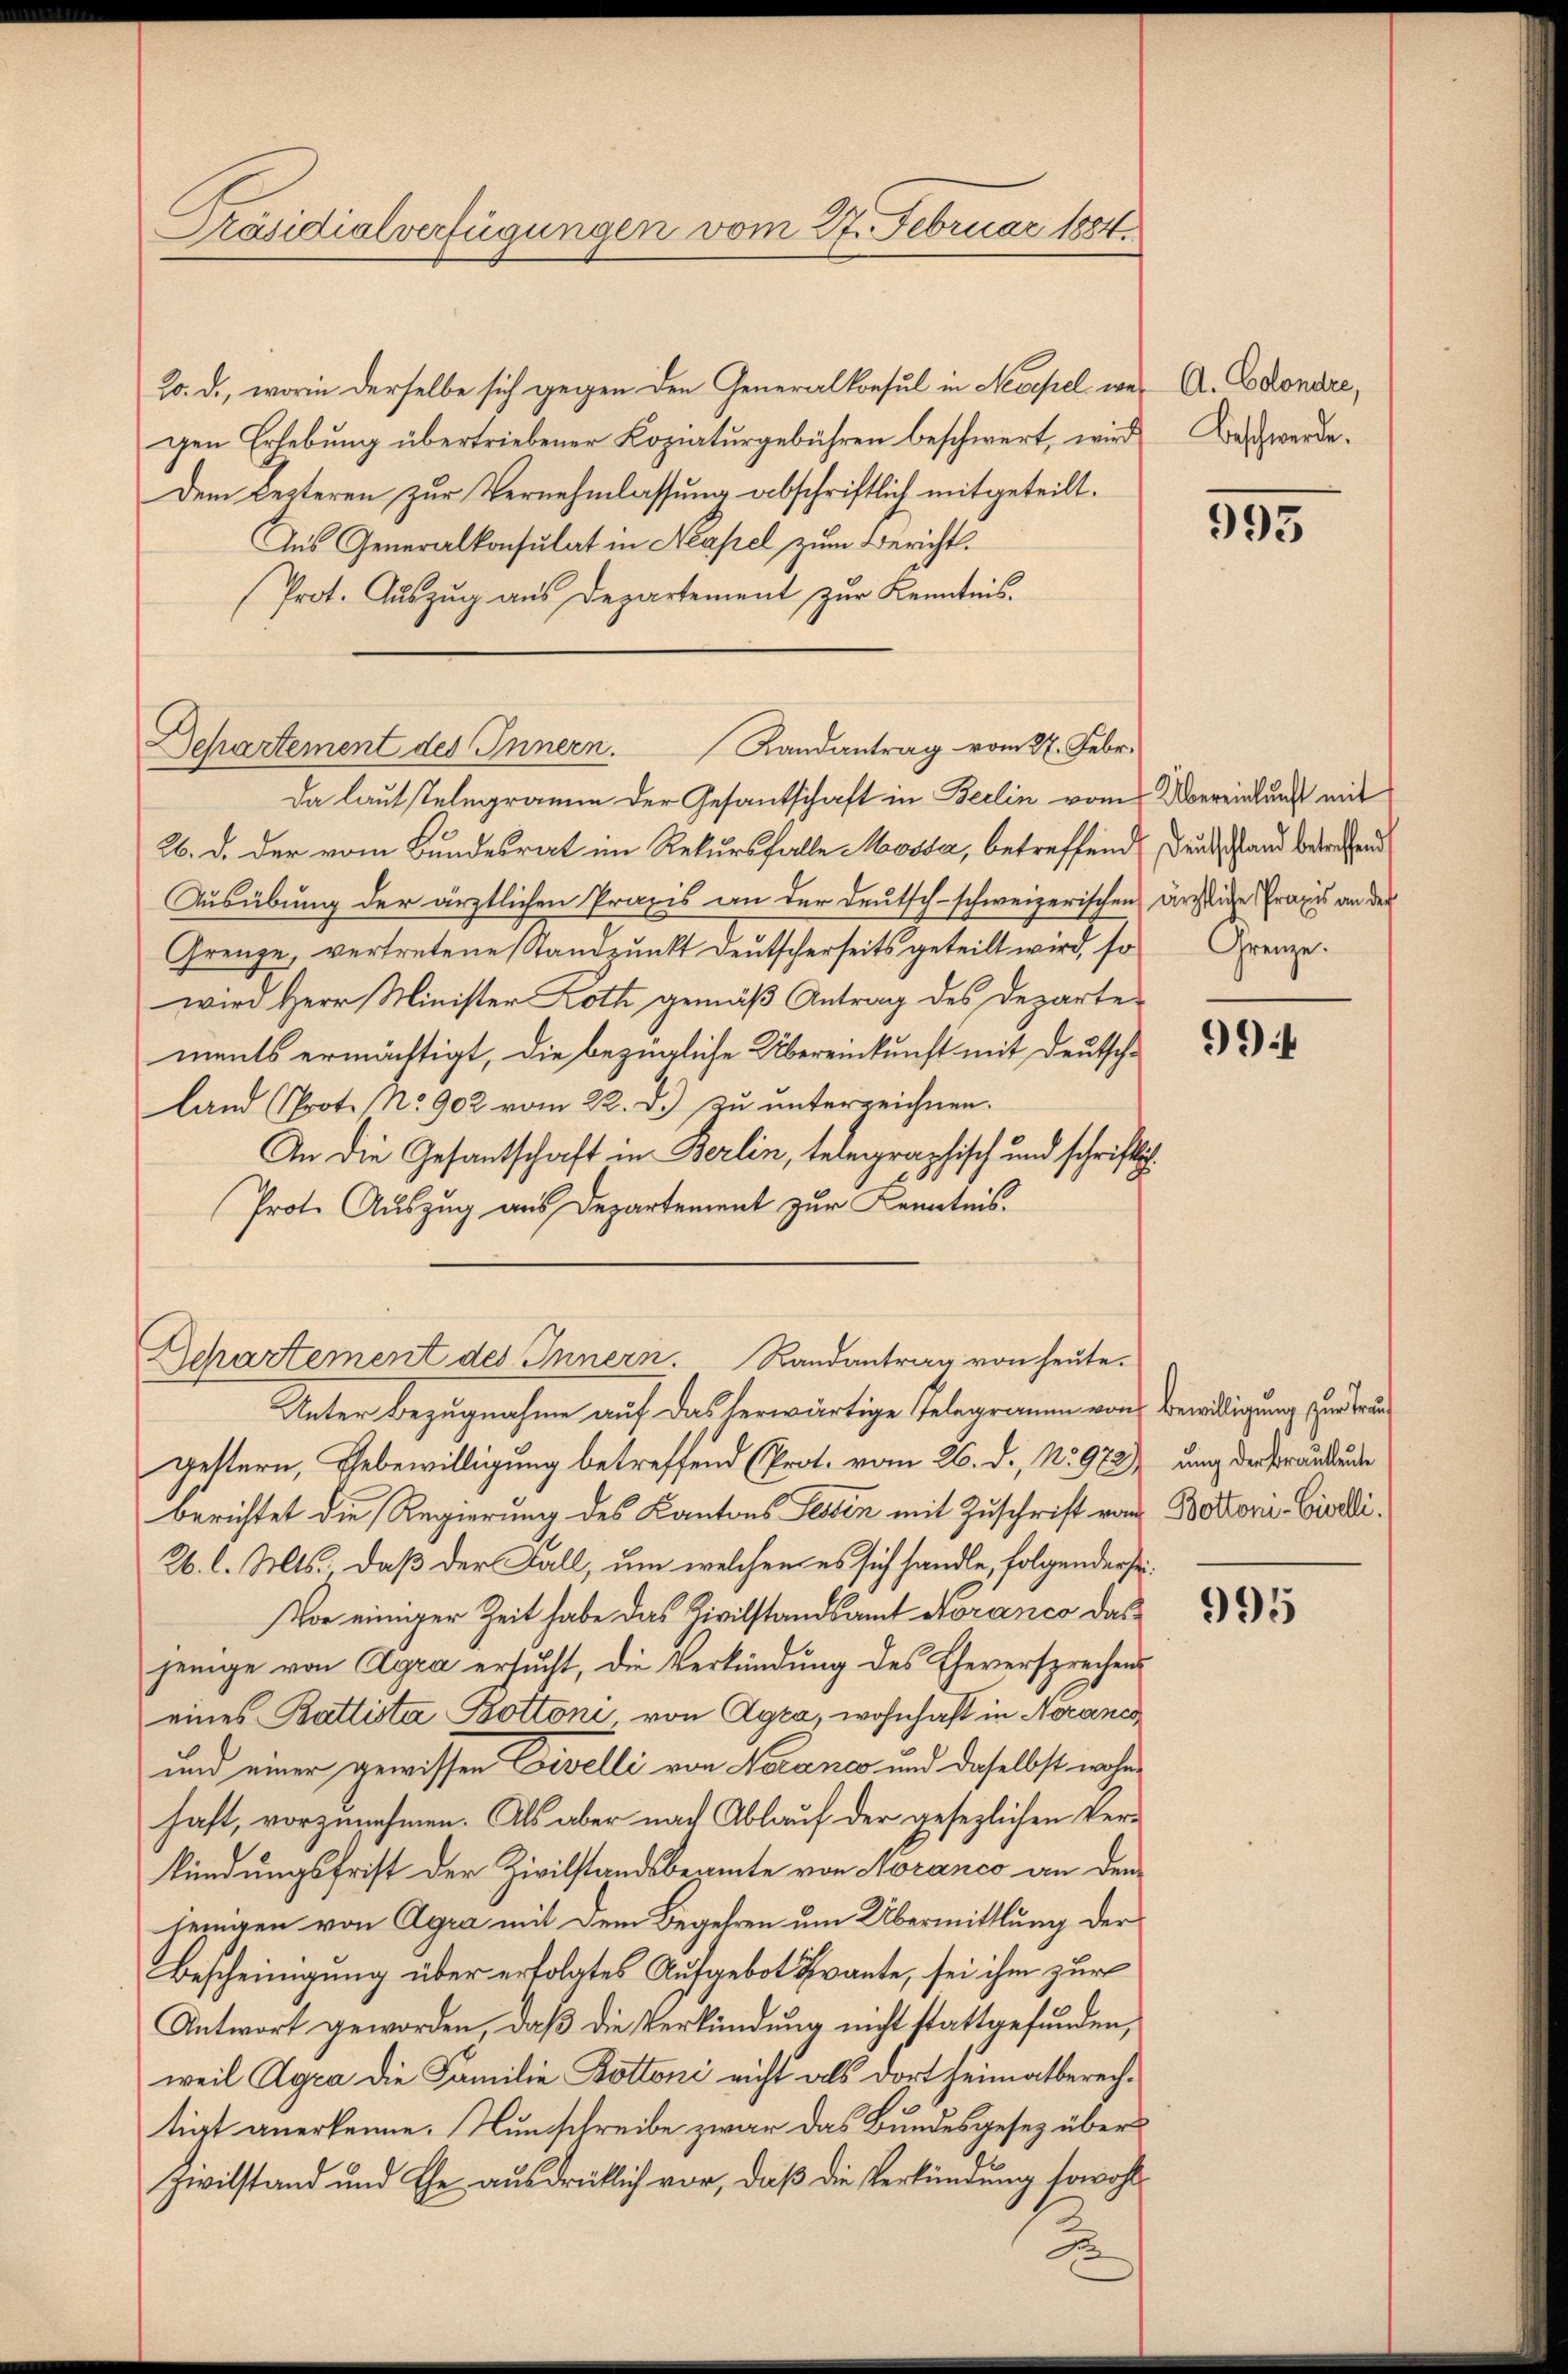
Präsidialverfügungen vom 27. Februar 1884

20. d., worin derselbe sich gegen den Generalkonsul in Newefel wegen Erhebung übertriebener Kopiaturgebühren beschwert, wird
Dem Lezteren zur Vernehmlassung abschriftlich mitgeteilt.
Aus Generalkonsulat in Neapel zum Berichts¬
Prot. Aŭszŭg aŭs Departement zŭr Kenntnis.

Da laut stelegramm der Gesantschaft in Berlin vom Obereinkunft mit
26. d. der vom Bundesrat im Rekursfalle Mossa, betreffend Deut stand betreffend
Ausübung der ärztlichen Praxis an der Deutsch-schweizerischen ärstige Praxis an der
Grenze, vertretene Standpunkt deutscherseits geteilt wird, so Grenze.
wird Herr Minister Roth gemäß Antrag des Departe
ments ermächtigt, die bezügliche Übereinkunft mit Deutschland (Prot. No 902 vom 22. d.) zu unterzeichnen.
An die Gesantschaft in Berlin, telegraphisch und schriftig
Prot. Auszug aus Departement zur Kenntnis.

Departement des Innern. Landantrag vom 27. Febr.

Departement des Innern. Randantrag von heute.

Unter Bezugnahme auf das herwärtige Telegramm von Bewilligung zur Frau
gestern, Hebewilligung betreffend (Prot. vom 26. d., N. 972),
berichtet die Regierung des Kantons Tessin mit Zuschrift vom
26. l. Mts. daß der Fall, um welchen es sich handle, folgenderse¬
Vor einiger Zeit habe das Zivilstandsamt Horanco das
jenige von Agra ersucht, die Verkündung des Eheversprechens
eines Battista Bottoni von Agra, wohnhaft in Norancs
und einer gewissen Divelli von Noranco und daselbst wohnhaft, vorzunehmen. Als aber nach Ablauf der gesezlichen Ver-
kündungsfrist der Zivilstandsbeamte von Noranco an den
jenigen von Agra mit dem Begehren um Übermittlung der
Bescheinigung über erfolgtes Aufgebot Frante, sei ihm zur
Antwort geworden, daß die Verkündung nicht stattgefunden,
weil Agra die Familie Bottoni nicht als dort heimatberechtiat anerkenne. Nun schreibe zwar das Bundesgesetz über
Zivilstand und Ehe ausdrüklich vor, daß die Verkündung sowohl
2

A. Edondre,
Beschwerde.

993

994

ung der Brautleute
Bottoni-Civelli.

995